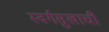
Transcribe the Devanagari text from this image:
स्वर्गसुखाची